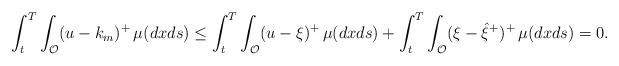
LaTeX: \begin{align*}\int_t^T\int_{\mathcal{O}}(u-k_m)^+\,\mu(dxds) \leq \int_t^T\int_{\mathcal{O}}(u-\xi)^+\,\mu(dxds)+\int_t^T\int_{\mathcal{O}}(\xi-\hat{\xi}^+)^+\,\mu(dxds)=0.\end{align*}